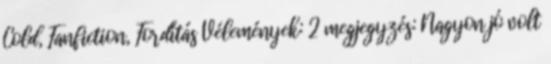
Cold, Fanfiction, Fordítás Vélemények: 2 megjegyzés: Nagyon jó volt